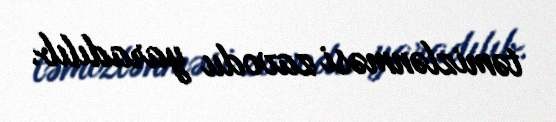
təmizlənməsi zavodu yaradılıb.